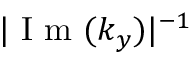
| \mathrm { ~ I ~ m ~ } ( k _ { y } ) | ^ { - 1 }